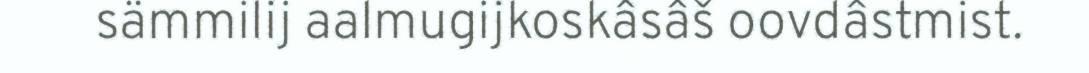
sämmilij aalmugijkoskâsâš oovdâstmist.